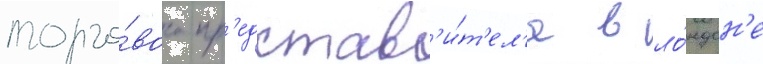
торго́вого пр'едстав'и́т'ел'я в ло́ндон'е